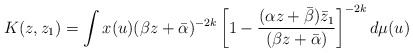
\begin{align*} K(z,z_{1})= \int x(u) (\beta z+ \bar{\alpha})^{-2k} \left[ 1- \frac{(\alpha z+\bar{\beta})\bar{z}_{1}}{(\beta z+\bar{\alpha})} \right]^{-2k} d\mu(u)\end{align*}